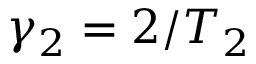
\gamma _ { 2 } = 2 / T _ { 2 }